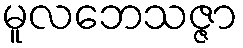
မူလဘေသဇ္ဇာ